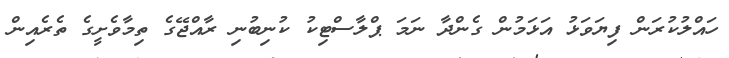
ހައްލުކުރަން ފިޔަވަޅު އަޅަމުން ގެންދާ ނަމަ ޕްލާސްޓިކު ކުނިބުނި ރާއްޖޭގެ ތިމާވެށީގެ ތެރެއިން